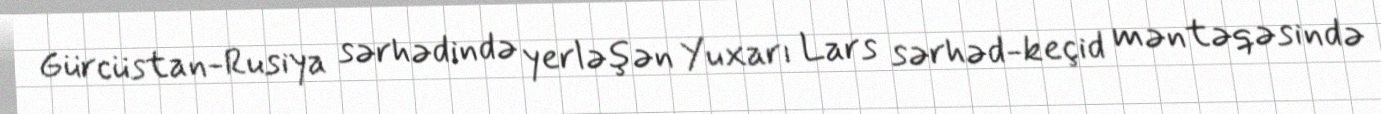
Gürcüstan-Rusiya sərhədində yerləşən Yuxarı Lars sərhəd-keçid məntəqəsində